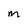
Character: M